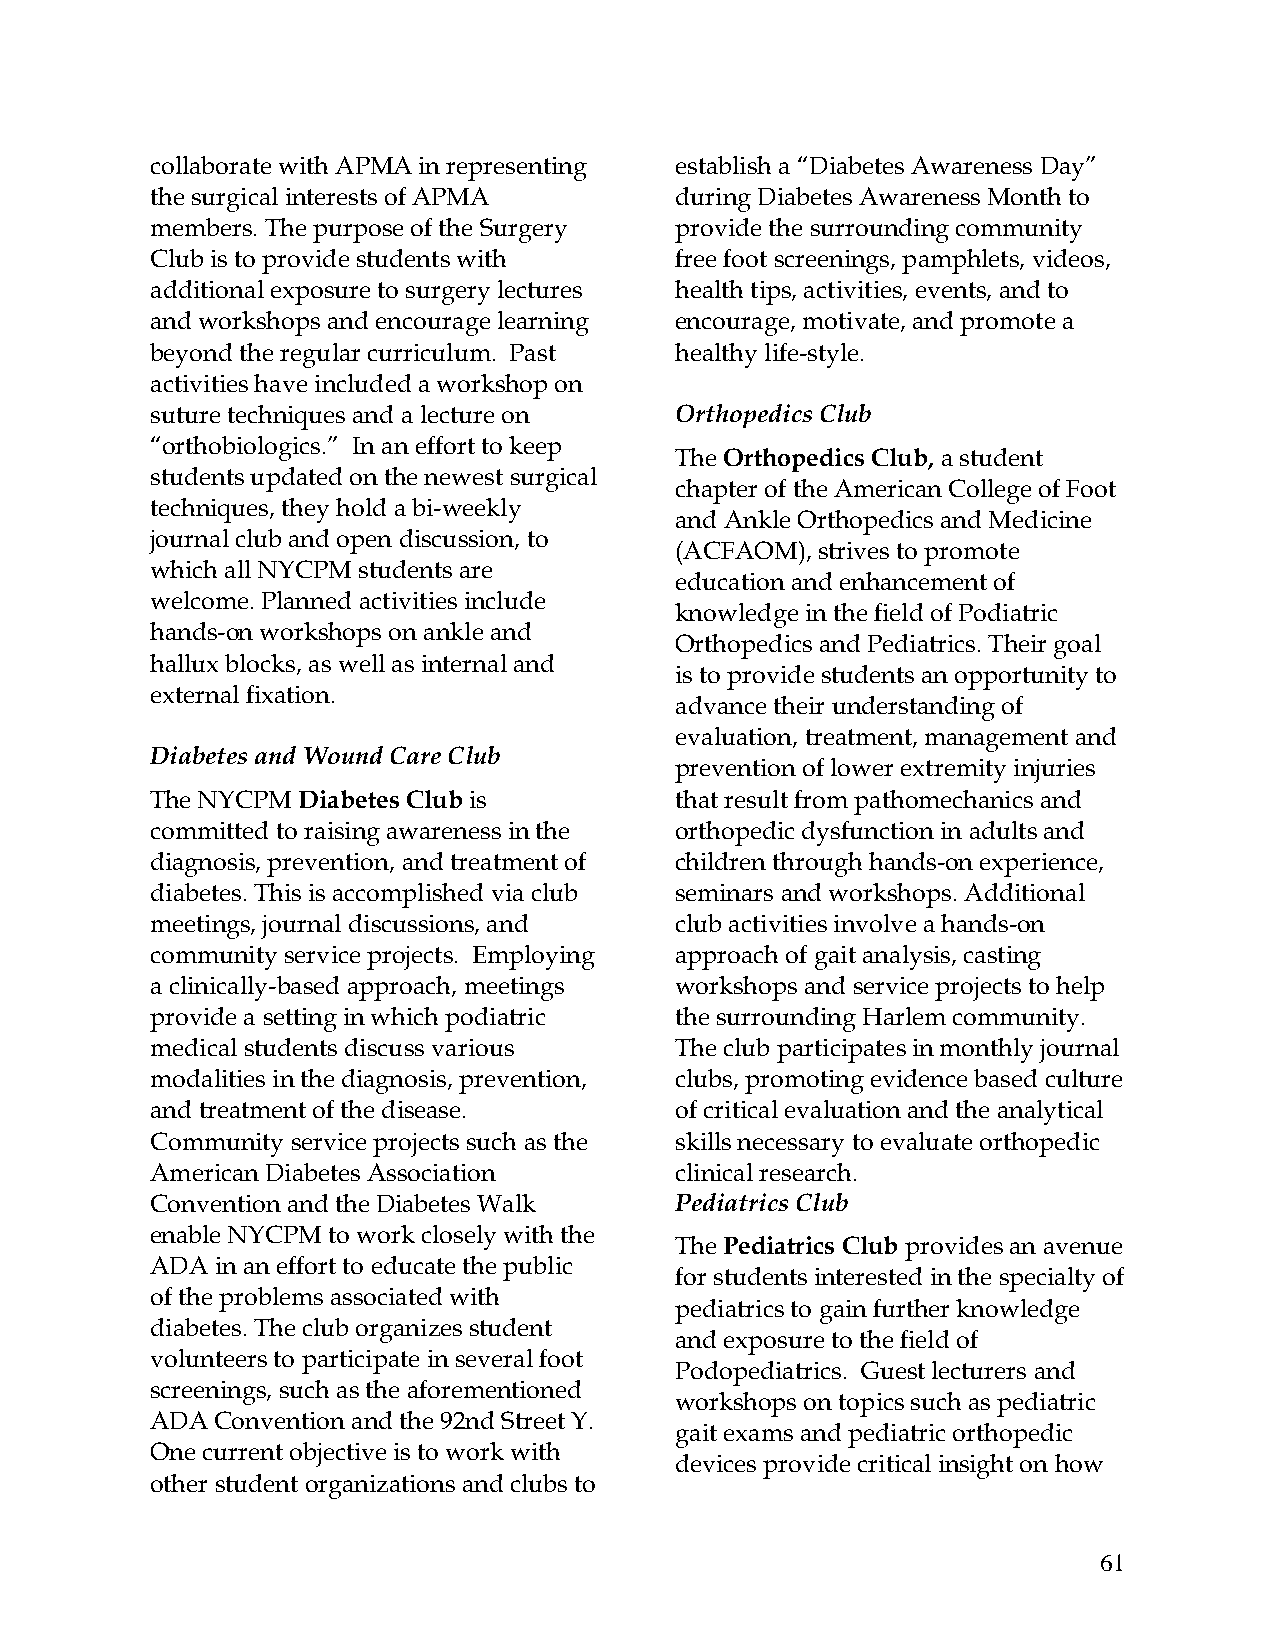
collaborate with APMA in representing establish a “Diabetes Awareness Day”
 the surgical interests of APMA     during Diabetes Awareness Month to
 members. The purpose of the Surgery provide the surrounding community
 Club is to provide students with   free foot screenings, pamphlets, videos,
 additional exposure to surgery lectures health tips, activities, events, and to
 and workshops and encourage learning encourage, motivate, and promote a
 beyond the regular curriculum. Past healthy life-style.
 activities have included a workshop on
 suture techniques and a lecture on Orthopedics Club
 “orthobiologics.” In an effort to keep
 The Orthopedics Club, a student
 students updated on the newest surgical
 chapter of the American College of Foot
 techniques, they hold a bi-weekly
 and Ankle Orthopedics and Medicine
 journal club and open discussion, to
 (ACFAOM), strives to promote
 which all NYCPM students are
 education and enhancement of
 welcome. Planned activities include
 knowledge in the field of Podiatric
 hands-on workshops on ankle and
 Orthopedics and Pediatrics. Their goal
 hallux blocks, as well as internal and
 is to provide students an opportunity to
 external fixation.
 advance their understanding of
 evaluation, treatment, management and
 Diabetes and Wound Care Club
 prevention of lower extremity injuries
 The NYCPM Diabetes Club is         that result from pathomechanics and
 committed to raising awareness in the orthopedic dysfunction in adults and
 diagnosis, prevention, and treatment of children through hands-on experience,
 diabetes. This is accomplished via club seminars and workshops. Additional
 meetings, journal discussions, and club activities involve a hands-on
 community service projects. Employing approach of gait analysis, casting
 a clinically-based approach, meetings workshops and service projects to help
 provide a setting in which podiatric the surrounding Harlem community.
 medical students discuss various   The club participates in monthly journal
 modalities in the diagnosis, prevention, clubs, promoting evidence based culture
 and treatment of the disease.      of critical evaluation and the analytical
 Community service projects such as the skills necessary to evaluate orthopedic
 American Diabetes Association      clinical research.
 Convention and the Diabetes Walk   Pediatrics Club
 enable NYCPM to work closely with the
 The Pediatrics Club provides an avenue
 ADA in an effort to educate the public
 for students interested in the specialty of
 of the problems associated with
 pediatrics to gain further knowledge
 diabetes. The club organizes student
 and exposure to the field of
 volunteers to participate in several foot
 Podopediatrics. Guest lecturers and
 screenings, such as the aforementioned
 workshops on topics such as pediatric
 ADA Convention and the 92nd Street Y.
 gait exams and pediatric orthopedic
 One current objective is to work with
 devices provide critical insight on how
 other student organizations and clubs to
 61